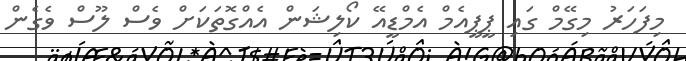
މިފަހަރު މިގޭމް ގައި ޕީޕީއެމް އެމްޑީއޭ ކޯލިޝަން އެއްގޮތަކަށް ވެސް ލޫސް ވެގެން